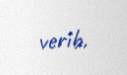
verib.